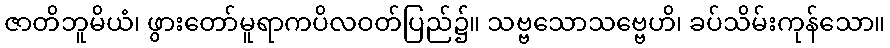
ဇာတိဘူမိယံ၊ ဖွားတော်မူရာကပိလဝတ်ပြည်၌။ သဗ္ဗသောသဗ္ဗေဟိ၊ ခပ်သိမ်းကုန်သော။